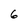
Character: 6